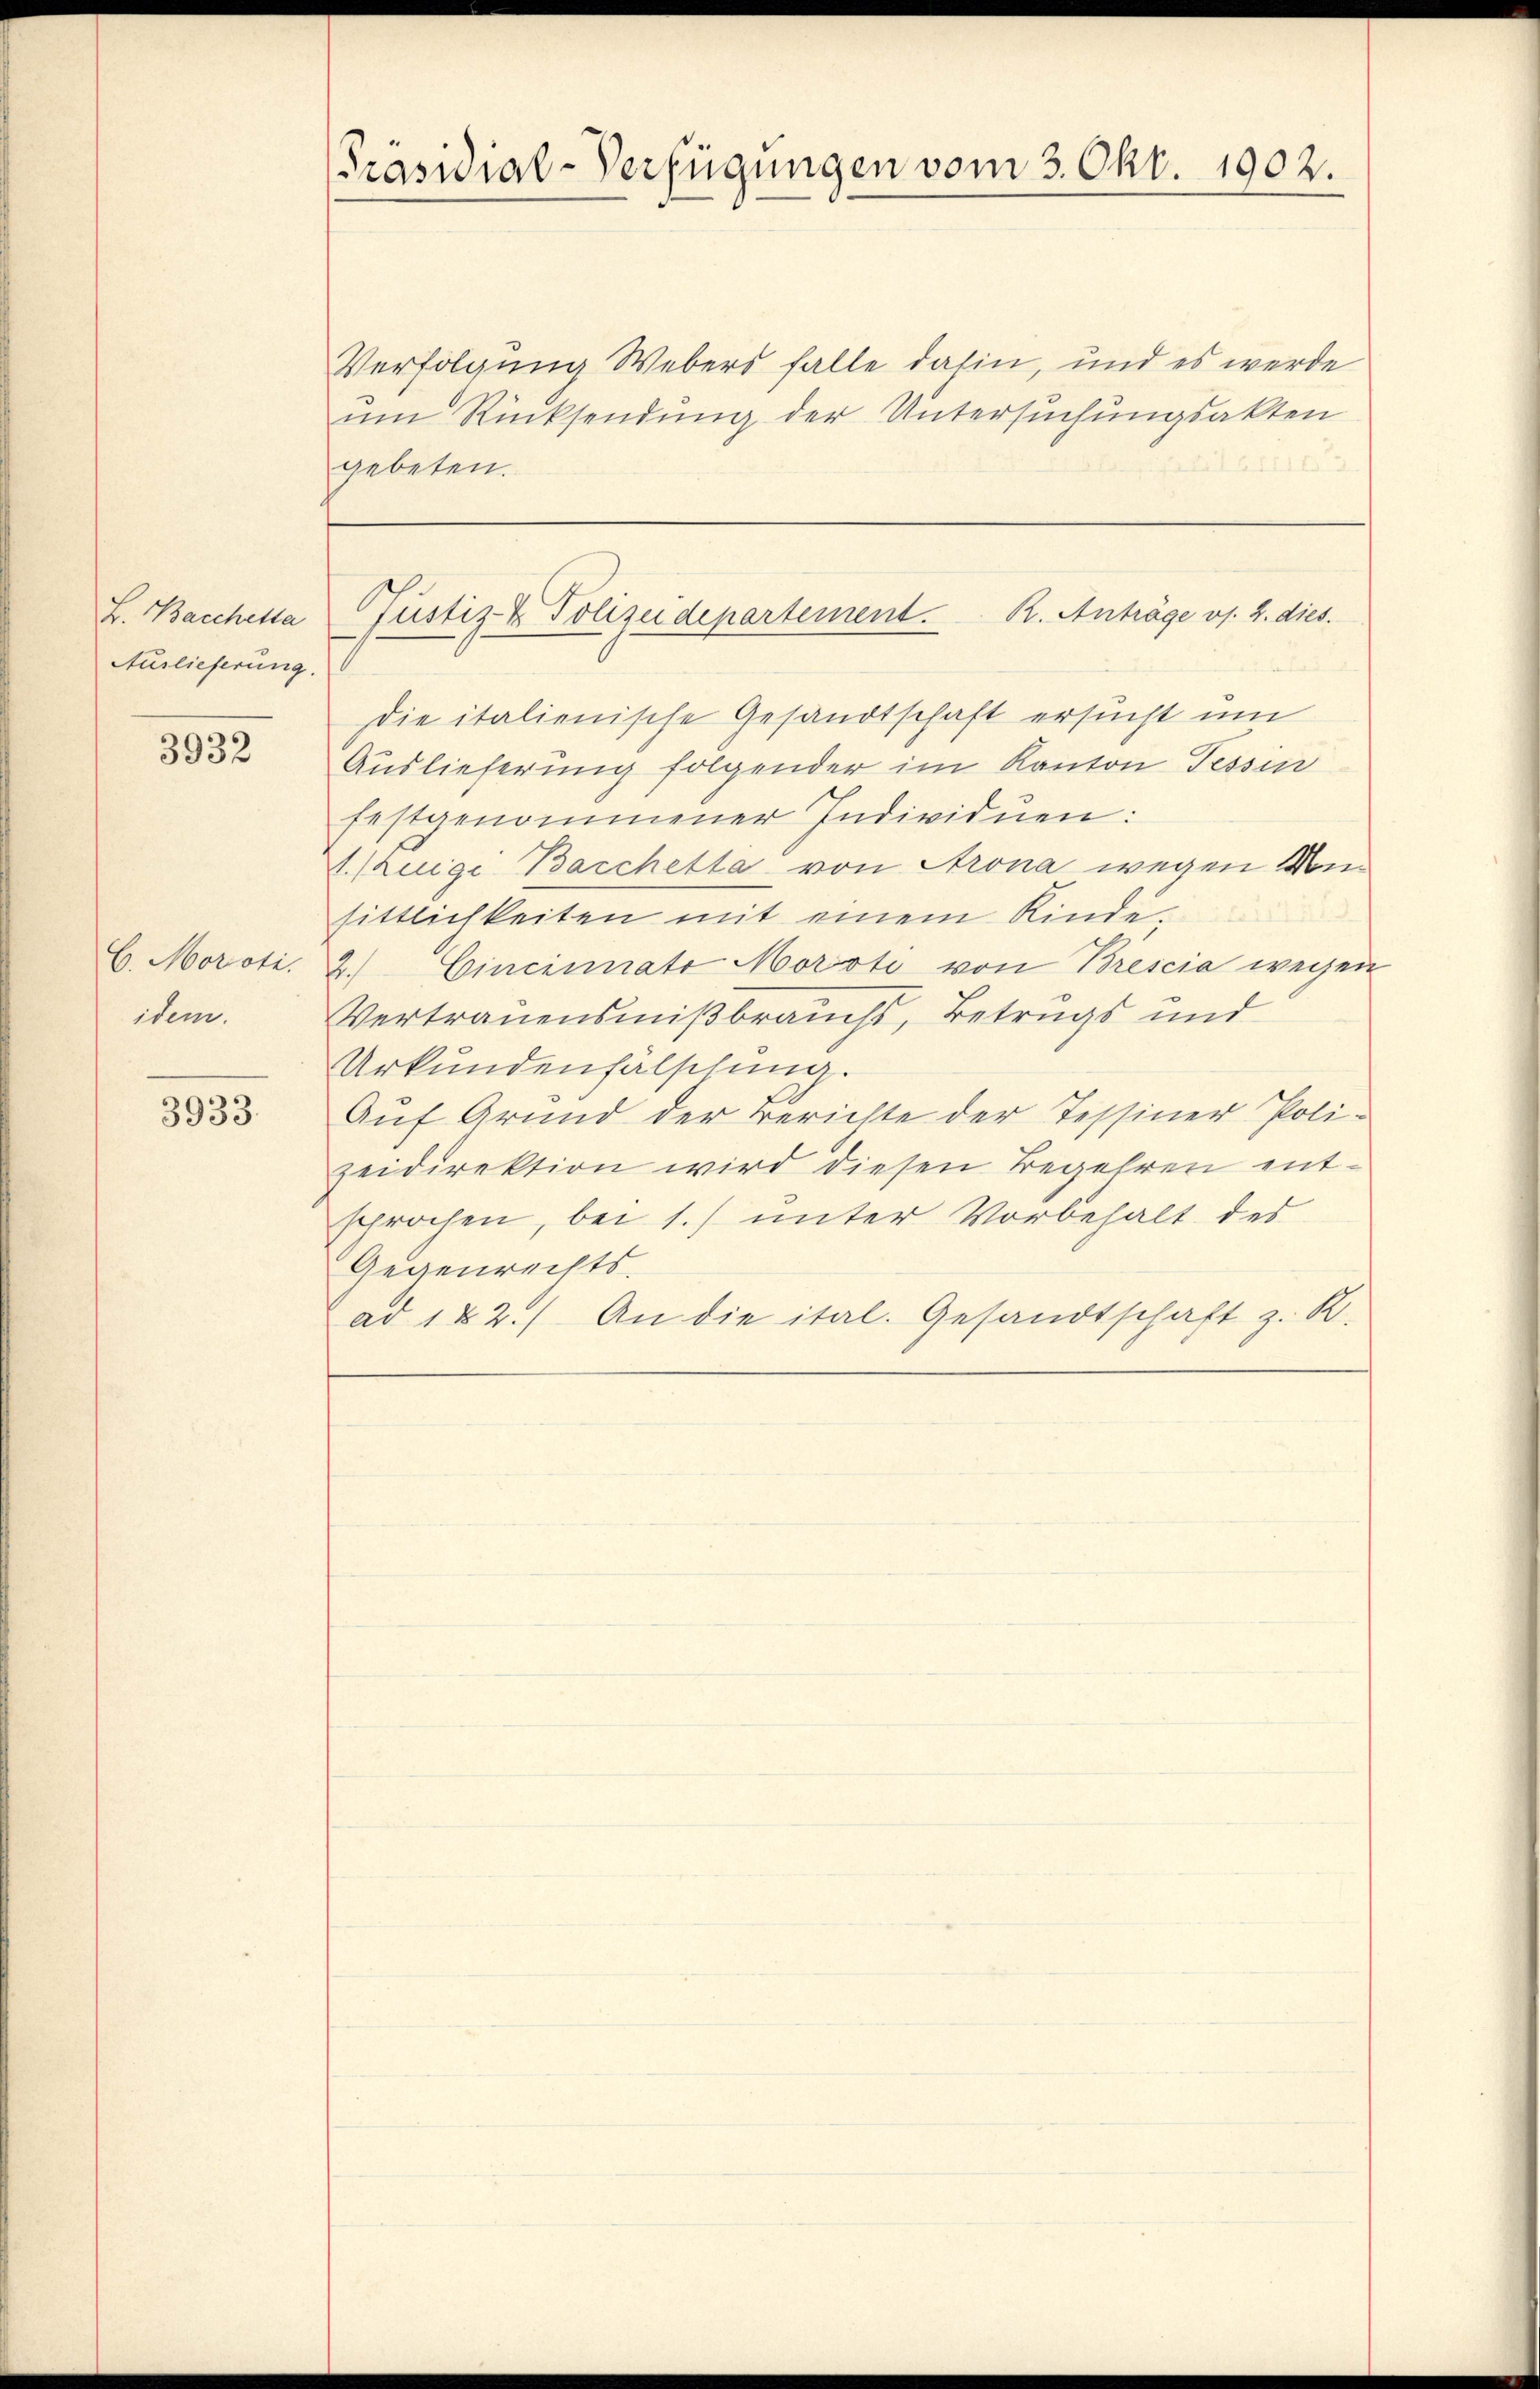
L. Bacchetta
Auslieferung.

3932

C. Moroti.
idem.

3933.

Präsidial-Verfügungen vom 3. Okt. 1902.

Verfolgung Webers falle dahin, und es werde
um Rücksendung der Untersuchungsakten
gebeten.
d

Justiz- & Polizeidepartement. R. Anträge v. 2. dies.

die italienische Gesandtschaft ersucht um
Auslieferung folgender im Kanton Tessin
festgenommener Individuen:
1 Juige Bacchetta von Arona wegen Monsittlichkeiten mit einem Kinde-
2.) Cincinnate Morste von Brescia wegen
Vertrauensmißbrauchs, Betrugs und
Urkundenfälschung.
Auf Grund der Berichte der Tessiner Poli-
zeidirektion wird diesen Begehren entsprochen, bei 1.) unter Vorbehalt des
Gegenrechts-
ad 122.) An die ital. Gesandtschaft z. R.